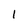
Character: 1